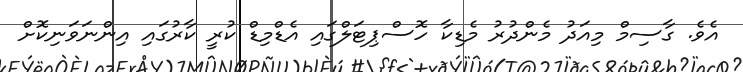
އެވެ. ގާސިމް މިއަދު މެންދުރު މެޑިކާ ހޮސްޕިޓަލްގައި އެޑްމިޑް ކުރީ ކާރުގައި އިންނަވަނިކޮށް